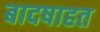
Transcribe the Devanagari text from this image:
बादषाहत